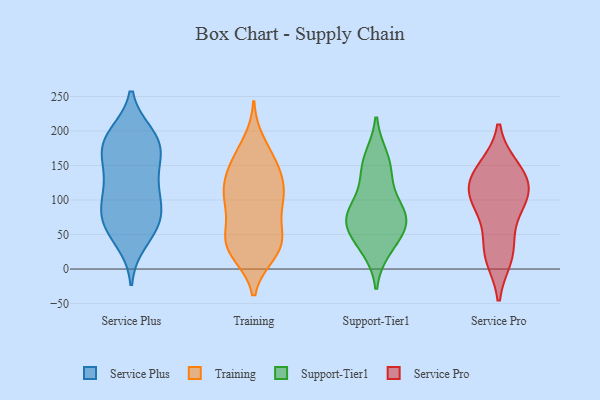
{"axis": {"x": "Inventory Turnover", "y": "Value"}, "legend": ["Service Plus", "Service Pro", "Support-Tier1", "Training"], "data": [{"x": "", "y": 61, "type": "Service Plus"}, {"x": "", "y": 181, "type": "Service Plus"}, {"x": "", "y": 70, "type": "Service Plus"}, {"x": "", "y": 188, "type": "Service Plus"}, {"x": "", "y": 161, "type": "Service Plus"}, {"x": "", "y": 193, "type": "Service Plus"}, {"x": "", "y": 138, "type": "Service Plus"}, {"x": "", "y": 109, "type": "Service Plus"}, {"x": "", "y": 41, "type": "Service Plus"}, {"x": "", "y": 70, "type": "Service Plus"}, {"x": "", "y": 96, "type": "Service Plus"}, {"x": "", "y": 101, "type": "Service Plus"}, {"x": "", "y": 134, "type": "Service Plus"}, {"x": "", "y": 181, "type": "Service Plus"}, {"x": "", "y": 68, "type": "Service Plus"}, {"x": "", "y": 181, "type": "Service Plus"}, {"x": "", "y": 58, "type": "Training"}, {"x": "", "y": 26, "type": "Training"}, {"x": "", "y": 43, "type": "Training"}, {"x": "", "y": 183, "type": "Training"}, {"x": "", "y": 49, "type": "Training"}, {"x": "", "y": 110, "type": "Training"}, {"x": "", "y": 112, "type": "Training"}, {"x": "", "y": 90, "type": "Training"}, {"x": "", "y": 36, "type": "Training"}, {"x": "", "y": 140, "type": "Training"}, {"x": "", "y": 157, "type": "Training"}, {"x": "", "y": 162, "type": "Training"}, {"x": "", "y": 23, "type": "Training"}, {"x": "", "y": 41, "type": "Training"}, {"x": "", "y": 124, "type": "Training"}, {"x": "", "y": 98, "type": "Training"}, {"x": "", "y": 149, "type": "Training"}, {"x": "", "y": 22, "type": "Training"}, {"x": "", "y": 115, "type": "Training"}, {"x": "", "y": 95, "type": "Training"}, {"x": "", "y": 75, "type": "Support-Tier1"}, {"x": "", "y": 150, "type": "Support-Tier1"}, {"x": "", "y": 126, "type": "Support-Tier1"}, {"x": "", "y": 67, "type": "Support-Tier1"}, {"x": "", "y": 74, "type": "Support-Tier1"}, {"x": "", "y": 161, "type": "Support-Tier1"}, {"x": "", "y": 87, "type": "Support-Tier1"}, {"x": "", "y": 30, "type": "Support-Tier1"}, {"x": "", "y": 71, "type": "Support-Tier1"}, {"x": "", "y": 41, "type": "Support-Tier1"}, {"x": "", "y": 128, "type": "Service Pro"}, {"x": "", "y": 147, "type": "Service Pro"}, {"x": "", "y": 119, "type": "Service Pro"}, {"x": "", "y": 147, "type": "Service Pro"}, {"x": "", "y": 116, "type": "Service Pro"}, {"x": "", "y": 94, "type": "Service Pro"}, {"x": "", "y": 19, "type": "Service Pro"}, {"x": "", "y": 17, "type": "Service Pro"}, {"x": "", "y": 106, "type": "Service Pro"}, {"x": "", "y": 39, "type": "Service Pro"}, {"x": "", "y": 84, "type": "Service Pro"}]}